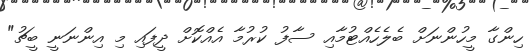
ހިންގާ މީހުންނަށް ބެލެހެއްޓުމާއި ސާފު ކުރުމާ އެއްކޮށް ދީފައި މި އިންނަނީ ބީޗު"